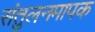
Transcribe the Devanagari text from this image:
संतुलनमापक